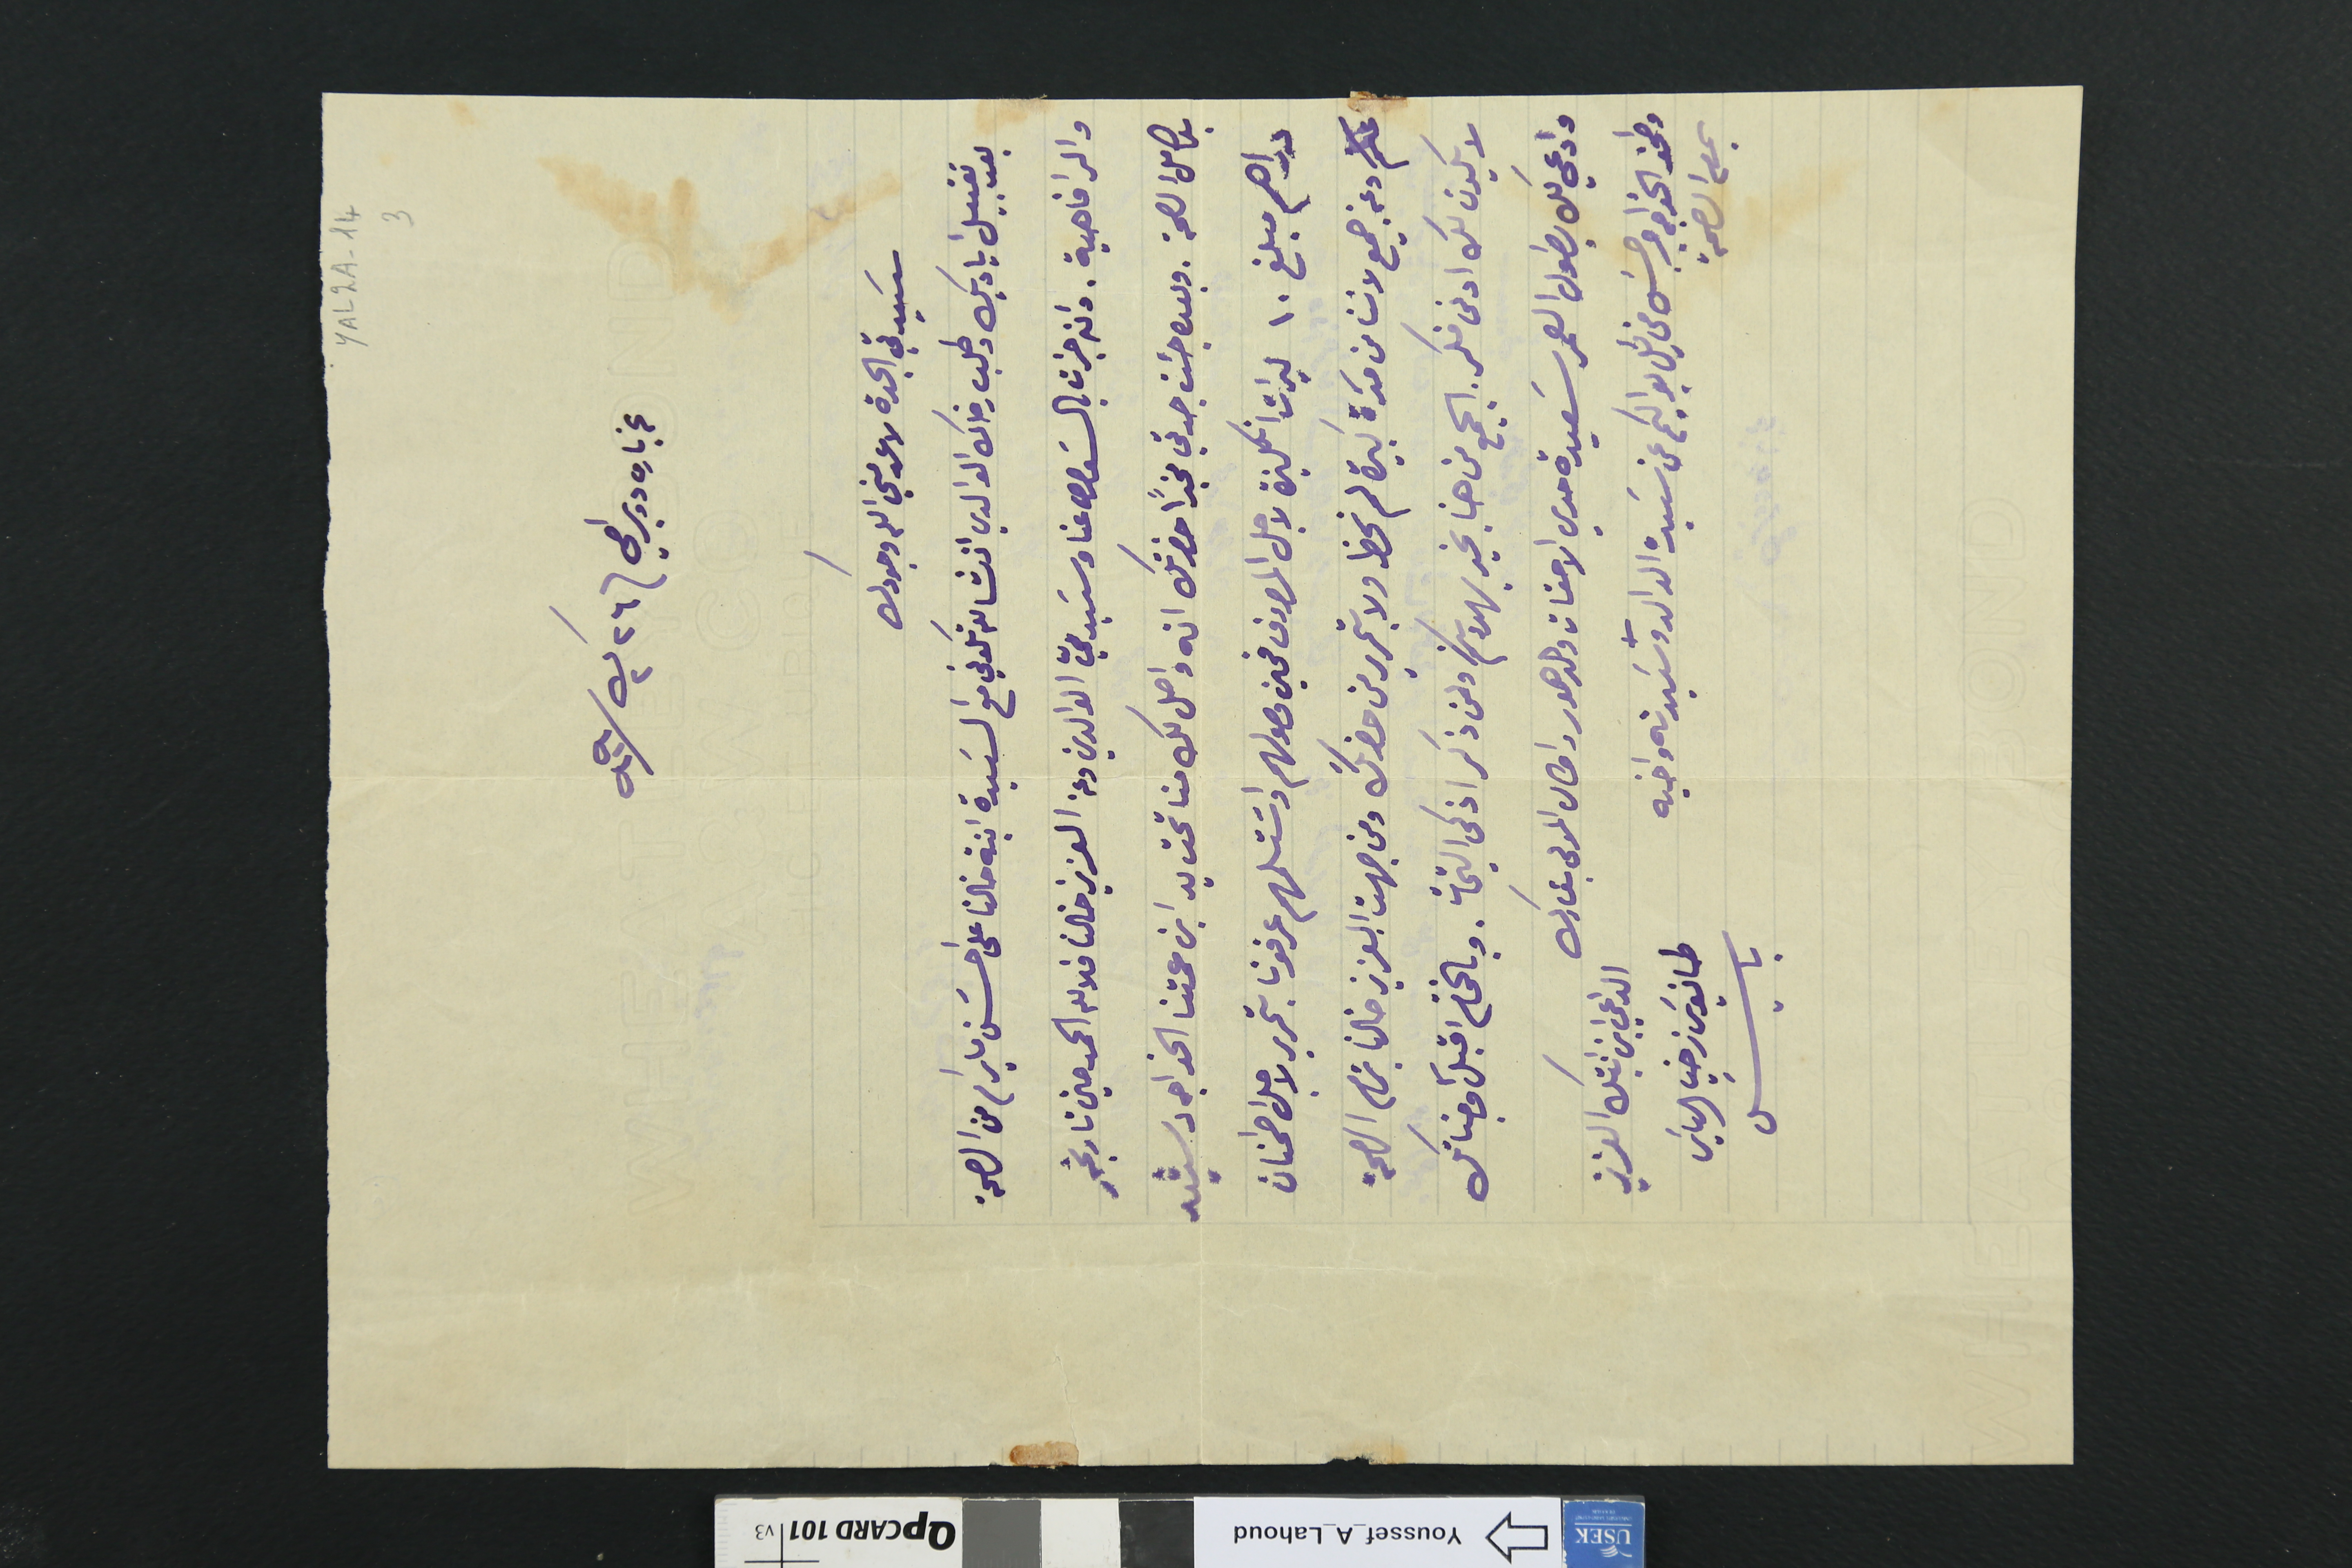
YAL2A-14 3
عن باري دوبرامي ٢٦ ك٢ /١٩٠٩
سَيدتي الجدة لا عدمني الله وجودك
بعد تقبيل اياديك وطلب رضاك الوالدي انشالله تكوني مع السَيدة ابنة خالنا على احسَن ما يرام من الصحة
والرفاهية. وان جرات بالسَوال عنا وسَيديّ الوالدين وعن العزيز خالنا فلالله الحمد حين تاريخهِ
بكامل الصحة. وبعده جئت جدتي مخبرًا حضرتك انه واصل لك منا تحت يد ابنة عمتنا الخواجه رشيد
دراهم مبلغ ١٠ ليرات انكليزة لاجل المصروف فحين وصولهم واسَتلمهم عرفونا بتحرير لاجل اطمنان
عنكم وعن جميع لاننا من مدَة كبيرة لم نحظ ولا بتحرير من حضرتك ومن جهت العزيز خالنا بتمام الصحة
لا يكون لك ادنى فكر. الجميع من هنا بخير يهدونكم ولمن ذكر اذكى التحيات. وبالختام اقبل وجناتك
وادعي لك بطول العمر سَعيدة حدي الاحقات والدهور واطال المولى بقاءك
وطمن الخواجه جرجسَ مخايل يواكيم عن سَيده الوالد وسَيدته واخيه
بتمام الصحة
الداعي ابن ابنتك العزيز
طانيوسَ زخيا الياسَ
باسَيل